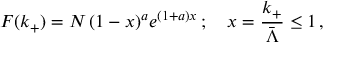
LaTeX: F ( k _ { + } ) = N \, ( 1 - x ) ^ { a } e ^ { ( 1 + a ) x } \, ; \quad x = \frac { k _ { + } } { \bar { \Lambda } } \le 1 \, ,